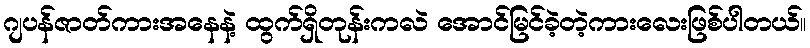
ဂျပန်ဇာတ်ကားအနေနဲ့ ထွက်ရှိတုန်းကလဲ အောင်မြင်ခဲ့တဲ့ကားလေးဖြစ်ပါတယ်။